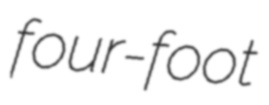
four-foot